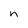
Character: n